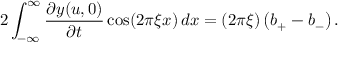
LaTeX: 2 \int _ { - \infty } ^ { \infty } { \frac { \partial y ( u , 0 ) } { \partial t } } \cos ( 2 \pi \xi x ) \, d x = ( 2 \pi \xi ) \left( b _ { + } - b _ { - } \right) .